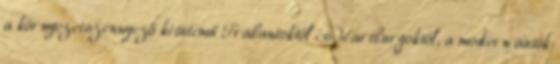
a környezetszennyező kétütemű Trabantoktól és Wartburgoktól, a modern autók